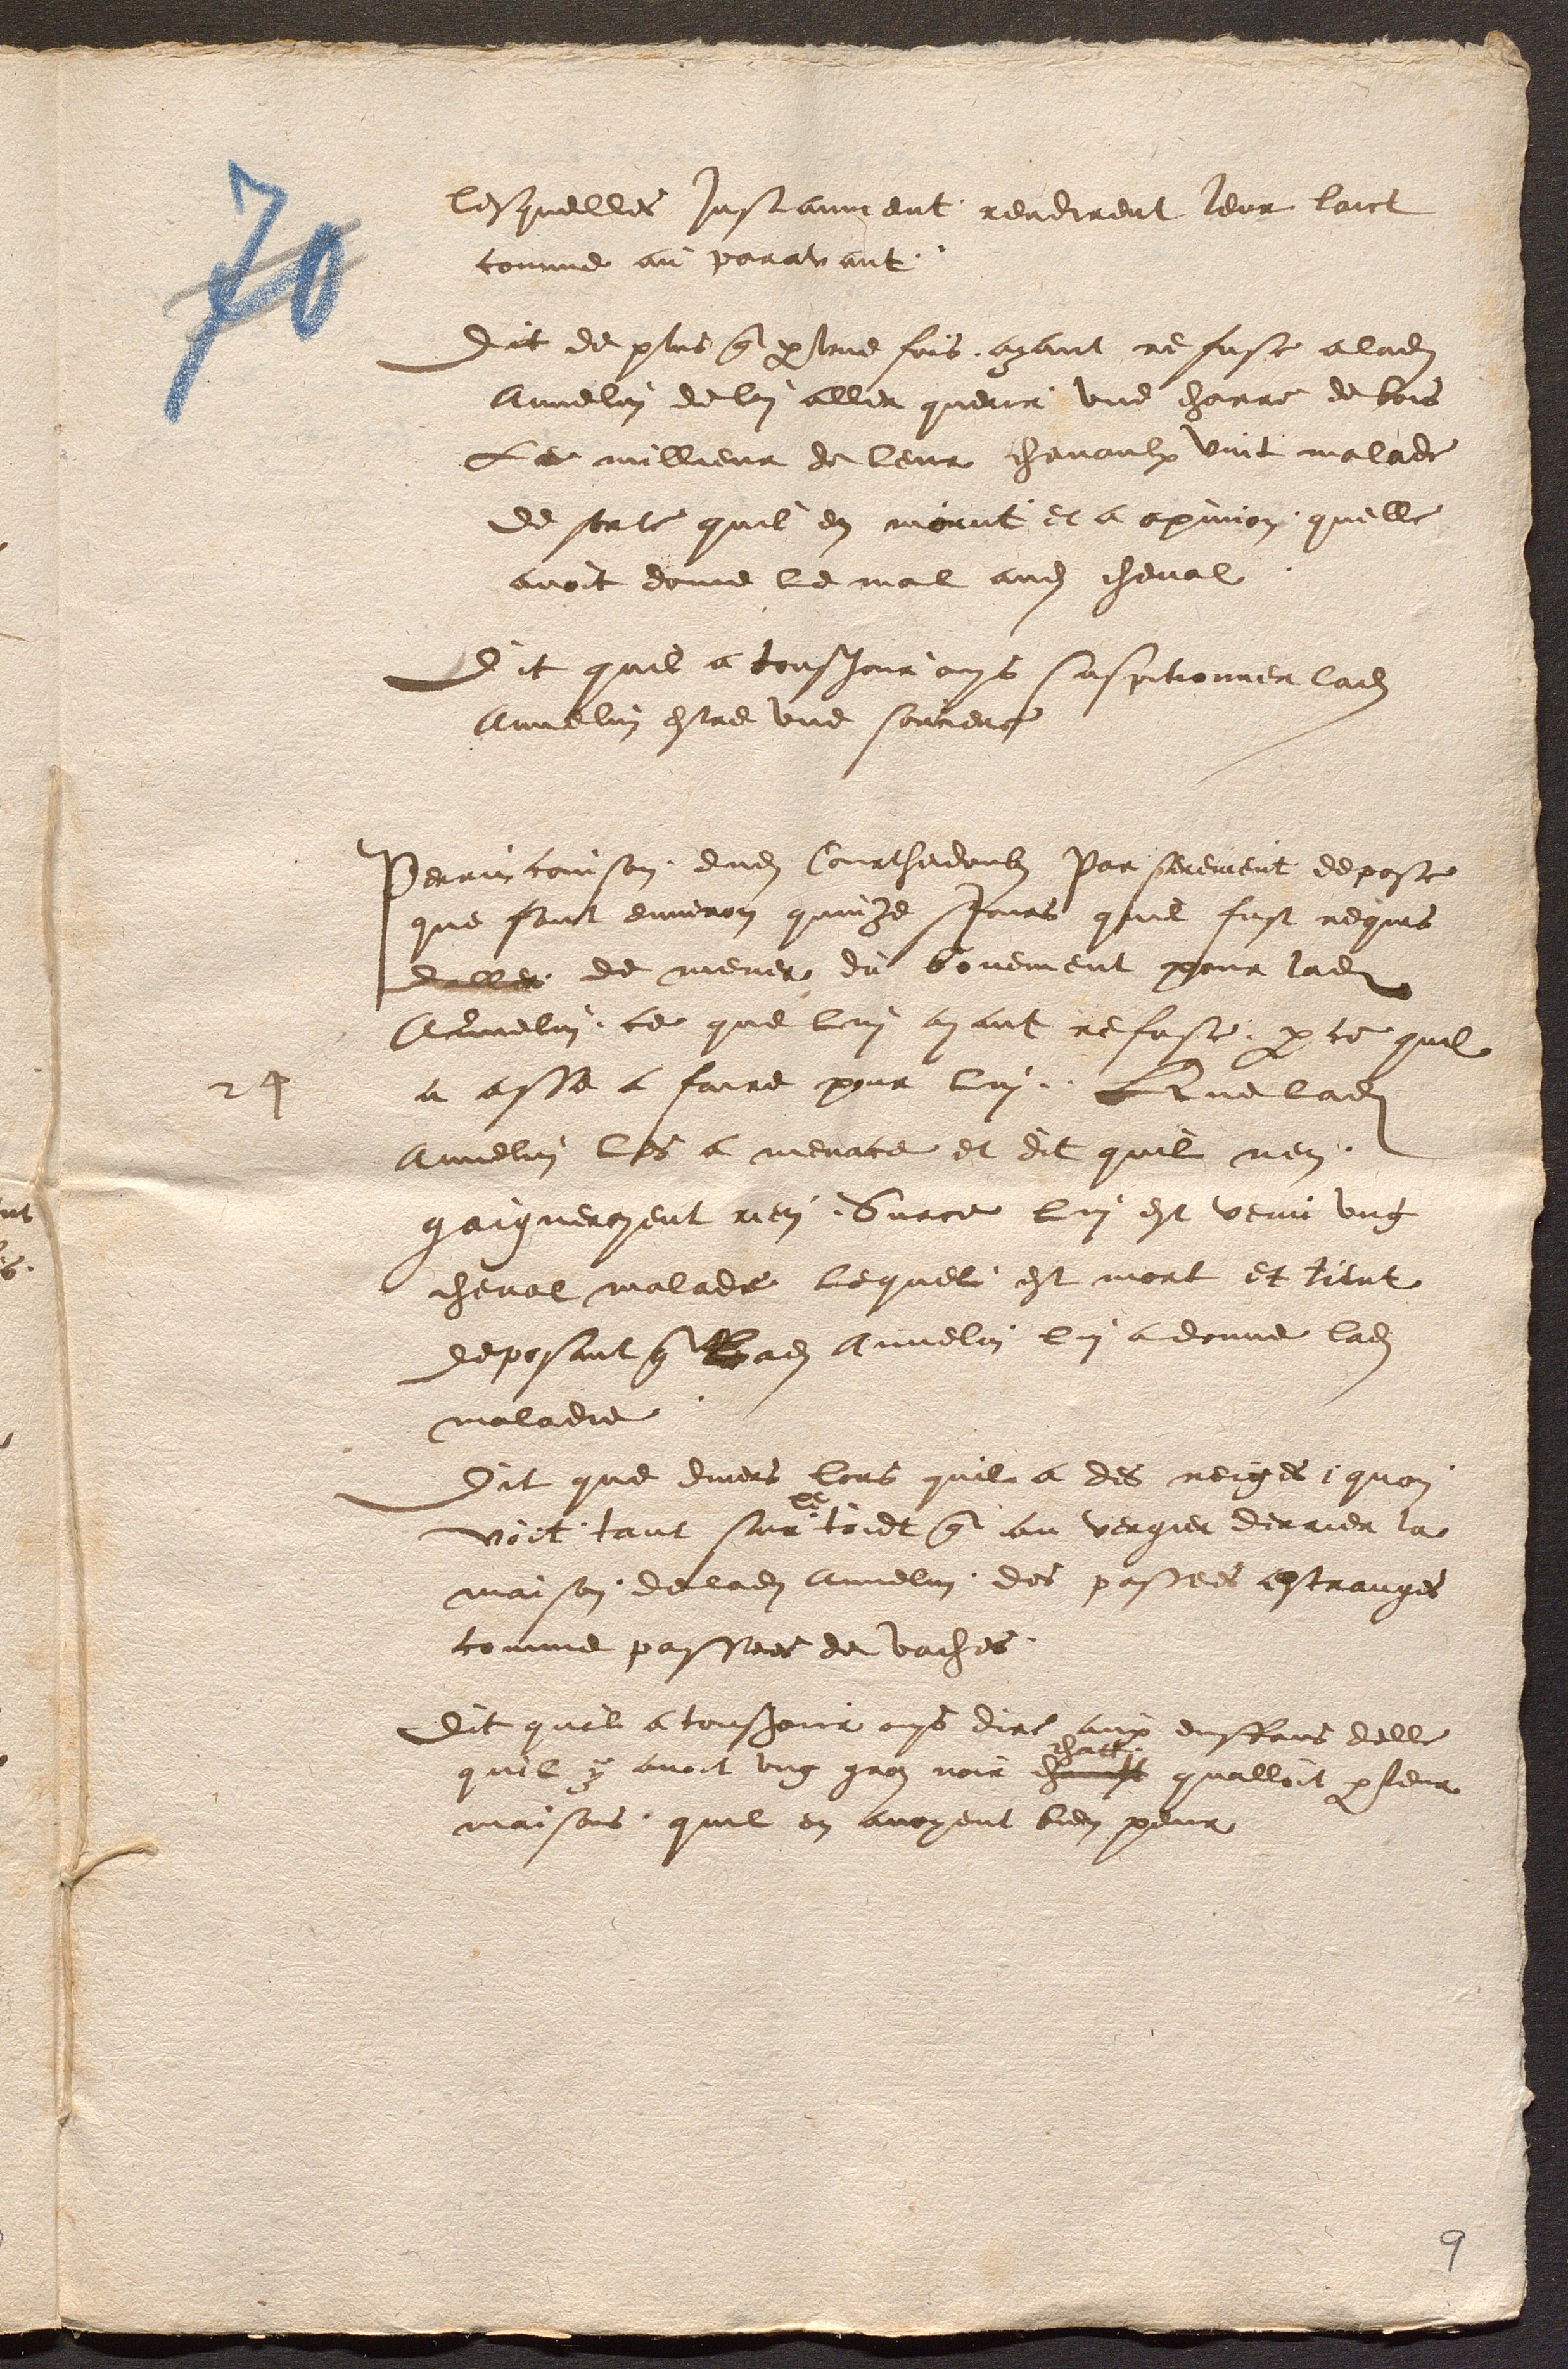
lesquelles Instanment rendirent leur laict
comme au paravant.
Dit de plus que par une fois, ayant refuse aladite
Annelin de lui aller querir une charre de bois
Le millieur de leur chevaulx vint malade
de sorte quil en morut et a opinion, qu'elle
avoit donne le mal audit cheval.
Dit quil a tousjour ouys suspitionner ladite
Annelin estre une sorciere
Perrin coinson, dudit Courthedoubs Par serement depose
que sont environ quinze Jours quil fust requis
daller de mener du bouement pour ladite
Annelin ; ce que lui ayant refuse, par ce quil
a asse a faire pour lui. Que ladite
Annelin les a menace et dit quil nen,
gaigneroyent rien. Surce lui est venu ung
cheval malade lequel, est mort et tient
deposant que Ladite Annelin lui a donne ladite
maladie.
Dit que divers lors quil a des neiges, quon,
voit, tant sur le toidt que au vergier derrier la
maison, deladite Annelin, des passees estranges
comme passees de vaches.
Dit quil a tousjour ouys dire aux enffans delle
quil y avoit ung gros noir chamatt chatt qualloit par leur
maisons, quil en avoyent bien peur